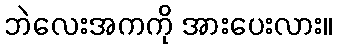
ဘဲလေးအကကို အားပေးလား။